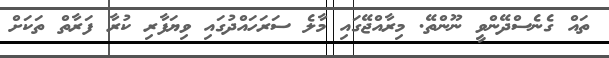
ތައް ގެނެސްދޭންވީ ނޫންތޭ. މިރާއްޖޭގައި މާލެ ސަރަހައްދުގައި ވިޔަފާރި ކުރާ ފަރާތް ތަަކަށް